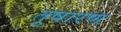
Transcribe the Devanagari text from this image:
तुषारण